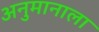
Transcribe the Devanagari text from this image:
अनुमानाला